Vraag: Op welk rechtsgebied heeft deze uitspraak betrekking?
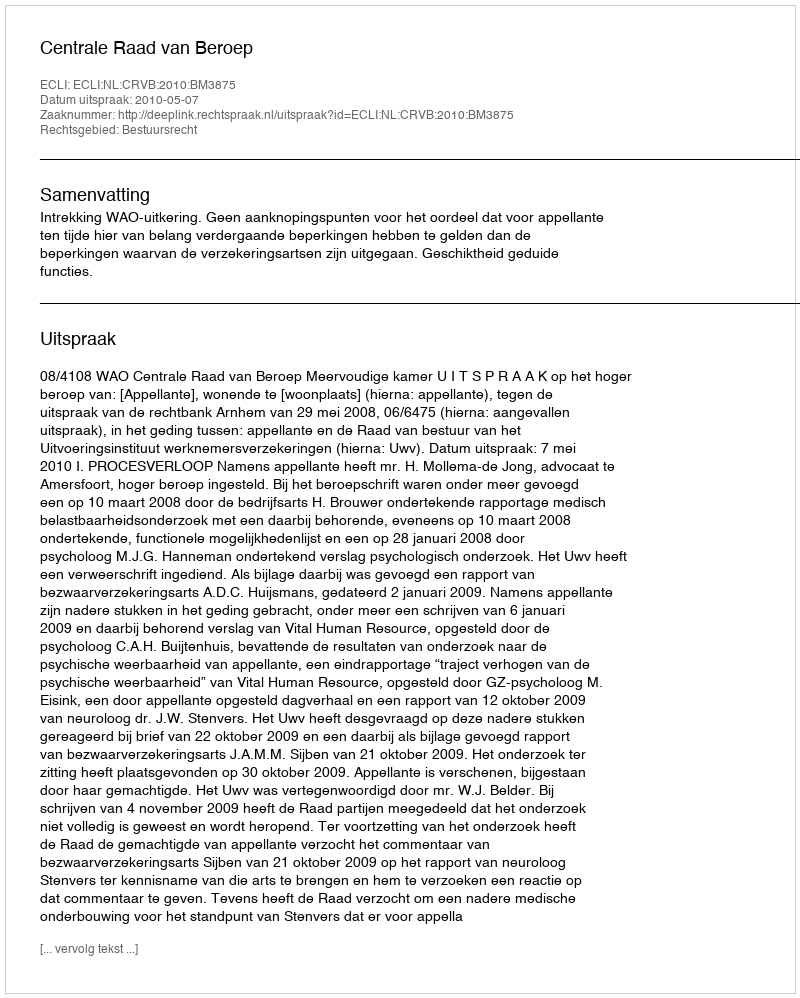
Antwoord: Bestuursrecht